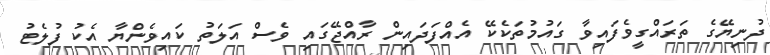
ދުނިޔޭގެ ތަރައްގީވެފައިވާ ގައުމުތަކެކޭ އެއްފަދައިން ރާއްޖޭގައި ވެސް އަލަތު ކައިވެންޔާ އެކު ފުލެޓު